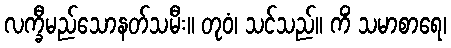
လက္ခီမည်သောနတ်သမီး။ တုဝံ၊ သင်သည်။ ကိံ သမာစာရေ၊